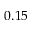
0 . 1 5